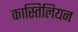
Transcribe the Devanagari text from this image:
कास्तिलियन